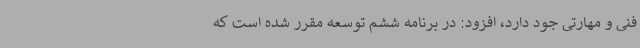
فنی و مهارتی جود دارد، افزود: در برنامه ششم توسعه مقرر شده است که